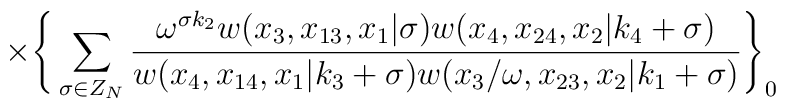
\times \Bigg\{\sum_{\sigma \in Z_N}\frac{\omega^{\sigma k_2}w(x_3,x_{13},x_1|\sigma)w(x_4,x_{24},x_2|k_4+\sigma)}{w(x_4,x_{14},x_1|k_3+\sigma)w(x_3/\omega,x_{23},x_2|k_1+\sigma)}\Bigg\}_0